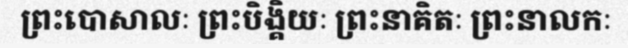
ព្រះបោសាលៈ ព្រះបិង្គិយៈ ព្រះនាគិតៈ ព្រះនាលកៈ